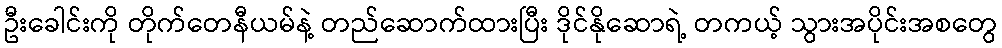
ဦးခေါင်းကို တိုက်တေနီယမ်နဲ့ တည်ဆောက်ထားပြီး ဒိုင်နိုဆောရဲ့ တကယ့် သွားအပိုင်းအစတွေ